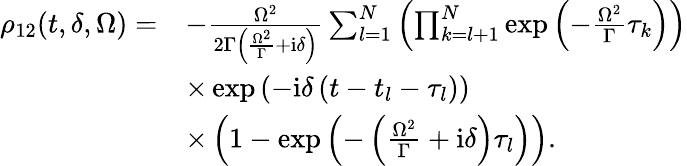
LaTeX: \begin{array}{rl}{\rho_{12}(t,\delta,\Omega)=}&{-\frac{\Omega^{2}}{2\Gamma\left(\frac{\Omega^{2}}{\Gamma}+\mathrm{i}\delta\right)}\sum_{l=1}^{N}\left(\prod_{k=l+1}^{N}\exp\left(-\frac{\Omega^{2}}{\Gamma}\tau_{k}\right)\right)}\\ &{\times\exp\left(-\mathrm{i}\delta\left(t-t_{l}-\tau_{l}\right)\right)}\\ &{\times\left(1-\exp\left(-\left(\frac{\Omega^{2}}{\Gamma}+\mathrm{i}\delta\right)\tau_{l}\right)\right).}\end{array}